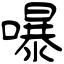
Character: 嚗